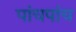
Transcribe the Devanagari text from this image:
पांचपांच